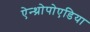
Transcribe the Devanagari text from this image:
ऐन्थ्रोपोएडिया